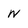
Character: n